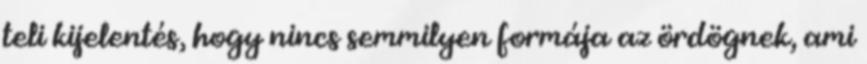
teli kijelentés, hogy nincs semmilyen formája az ördögnek, ami